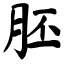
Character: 胚